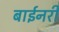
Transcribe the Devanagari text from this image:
बाईनरी